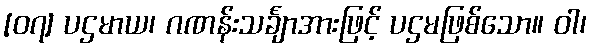
[၀၇] ပဌမာယ၊ ဂဏန်းသင်္ချာအားဖြင့် ပဌမဖြစ်သော။ ဝါ၊